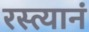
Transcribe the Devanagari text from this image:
रस्त्यानं